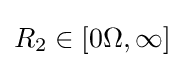
R_{2}\in [0\Omega ,\infty ]